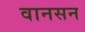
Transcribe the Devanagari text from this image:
वानसन